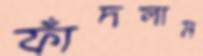
ফাঁদলাম